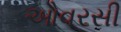
ઓવરસી